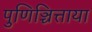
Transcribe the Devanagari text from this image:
पुणिञ्चित्ताया